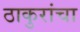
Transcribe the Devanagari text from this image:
ठाकुरांचा